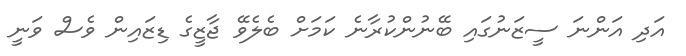
އަދި އަންނަ ސީޒަނުގައި ބޭނުންކުރާނެ ކަމަށް ބެލެވޭ ޖާޒީގެ ޑިޒައިން ވެސް ވަނީ